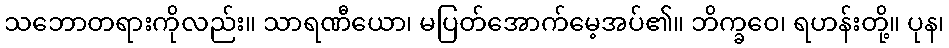
သဘောတရားကိုလည်း။ သာရဏီယော၊ မပြတ်အောက်မေ့အပ်၏။ ဘိက္ခဝေ၊ ရဟန်းတို့။ ပုန၊